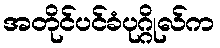
အတိုင်ပင်ခံပုဂ္ဂိုလ်က